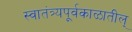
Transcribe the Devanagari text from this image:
स्वातंत्र्यपूर्वकाळातील्